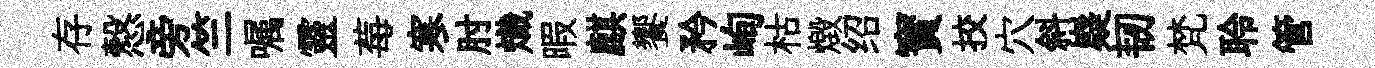
存慤旁竺嘱靈莓寒肘熾暇麒饗矜峋枯燬绍寳挍穴斜嶷韧梵聆管